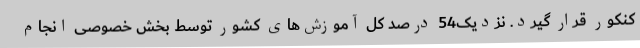
کنکور قرار گیرد. نزدیک54 درصد کل آموزش‌های کشور توسط بخش خصوصی انجام